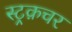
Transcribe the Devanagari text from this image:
स्ट्रक़चर